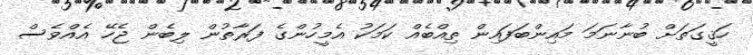
ހަޤީގަތަށް ބުނާނަމަ މައިންބަފައިން ތިއްބެއް ކަމަކު އެމީހުންގެ ފަރާތުން ލިބެން ޖެހޭ އެއްވެސް